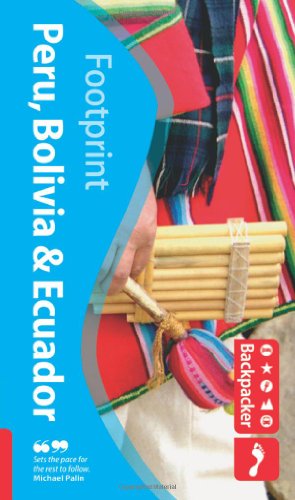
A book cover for Footprint Backpacker Peru Bolivia & Ecuador (Footprint Peru, Bolivia & Ecuador); Alan Murphy; Travel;